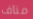
مناف